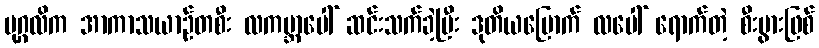
ပုဂ္ဂလိက အာကာသယာဉ်တစီး လကမ္ဘာပေါ် ဆင်းသက်ခဲ့ပြီး ဒုတိယမြောက် လပေါ် ရောက်တဲ့ စီးပွားဖြစ်